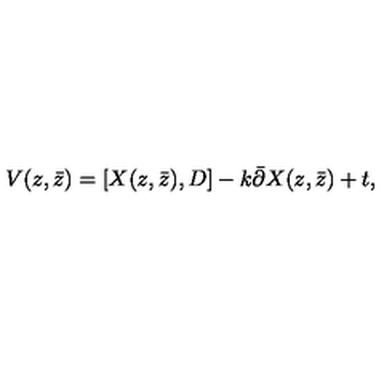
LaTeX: V ( z , \bar { z } ) = [ X ( z , \bar { z } ) , D ] - k \bar { \partial } X ( z , \bar { z } ) + t ,